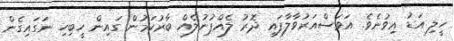
ހީލި އަޑު އިވުނެވެ. އަވަސްއަރުވާލާފައި ދޮރު ލެއްޕުނުލެއް ބާރުކަމުން ގައިން ހީބިހި ނަގައިގެން